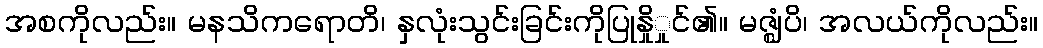
အစကိုလည်း။ မနသိကရောတိ၊ နှလုံးသွင်းခြင်းကိုပြုနှိုှုင်၏။ မဇ္ဈံပိ၊ အလယ်ကိုလည်း။